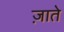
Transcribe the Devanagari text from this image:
ज़ाते